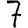
Digit: 7